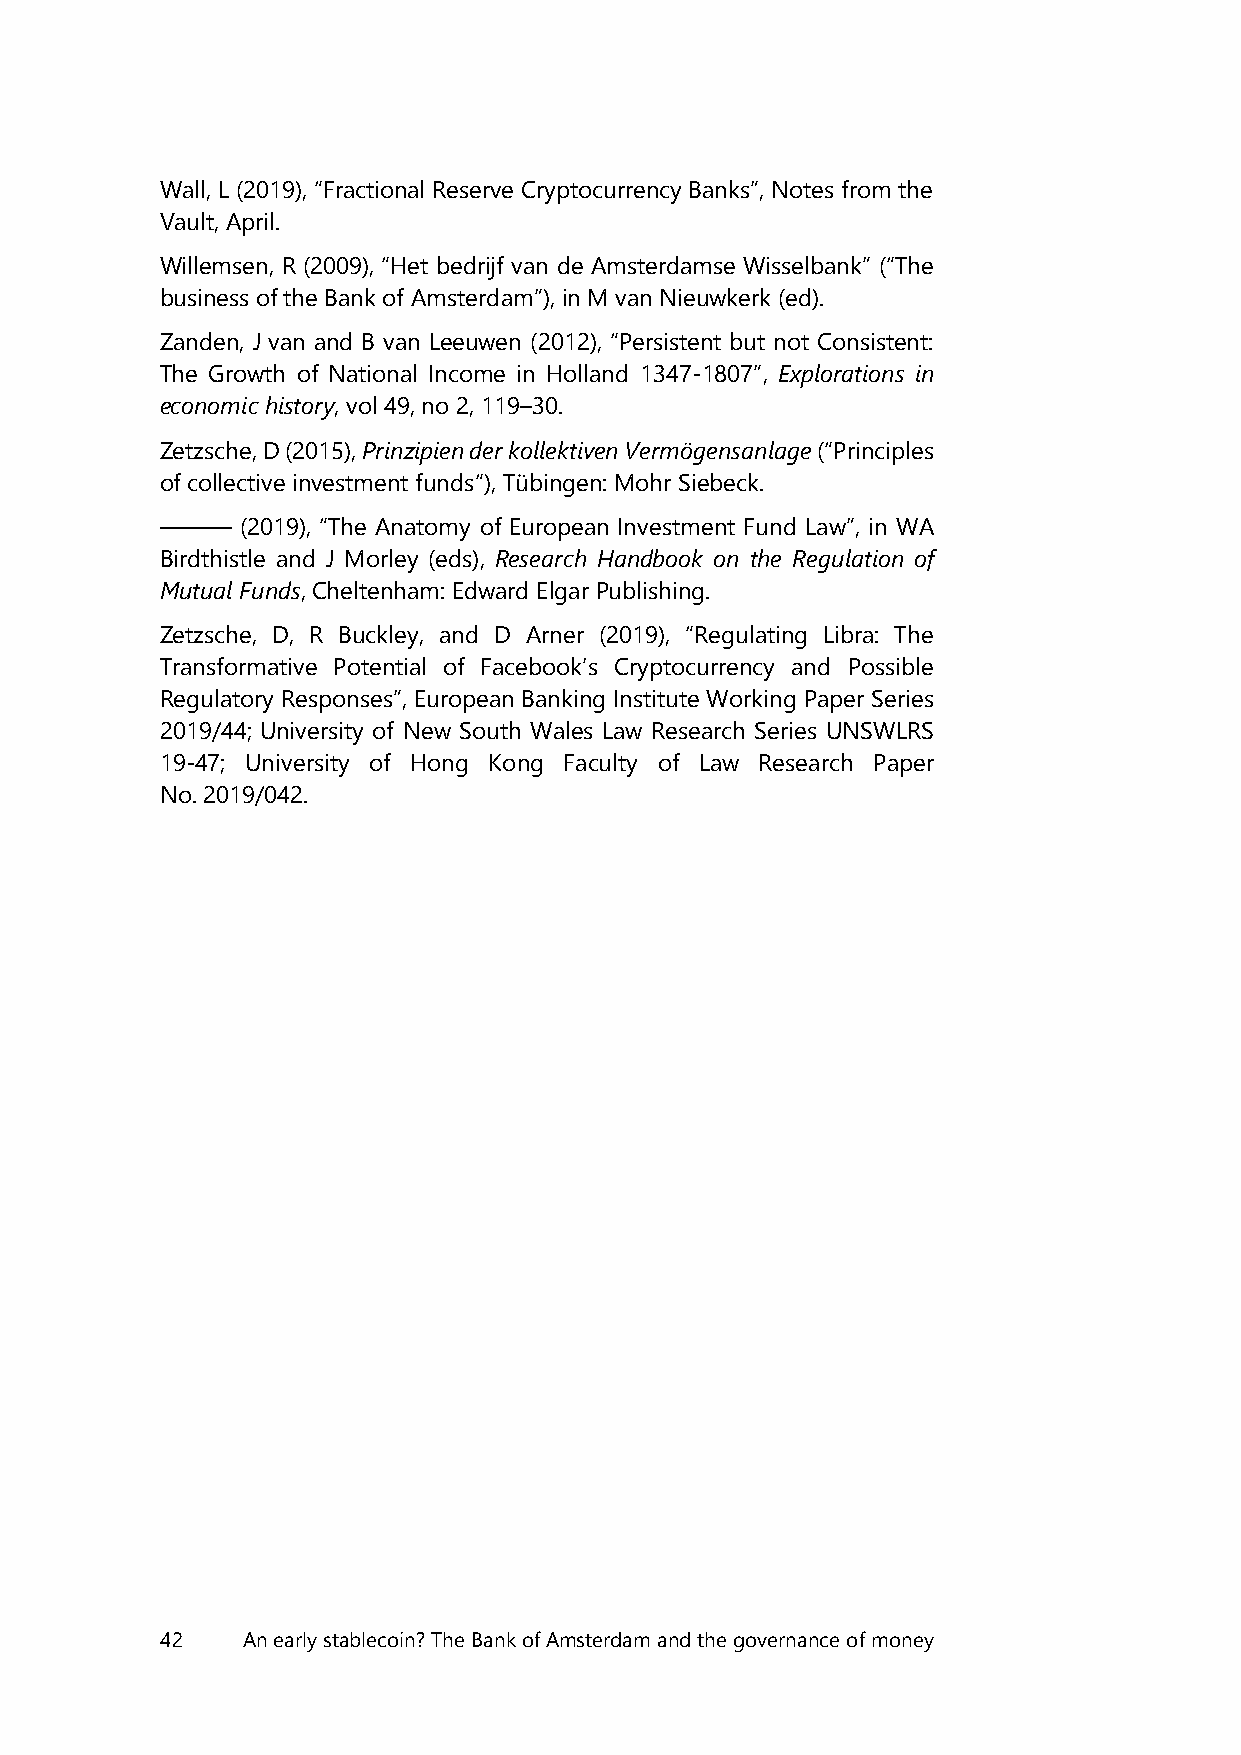
Wall, L (2019), “Fractional Reserve Cryptocurrency Banks”, Notes from the
 Vault, April.
 Willemsen, R (2009), “Het bedrijf van de Amsterdamse Wisselbank” (“The
 business of the Bank of Amsterdam”), in M van Nieuwkerk (ed).
 Zanden, J van and B van Leeuwen (2012), “Persistent but not Consistent:
 The Growth of National Income in Holland 1347-1807”, Explorations in
 economic history, vol 49, no 2, 119–30.
 Zetzsche, D (2015), Prinzipien der kollektiven Vermögensanlage (“Principles
 of collective investment funds“), Tübingen: Mohr Siebeck.
 ———  (2019), “The Anatomy of European Investment Fund Law”, in WA
 Birdthistle and J Morley (eds), Research Handbook on the Regulation of
 Mutual Funds, Cheltenham: Edward Elgar Publishing.
 Zetzsche, D, R Buckley, and D Arner (2019), “Regulating Libra: The
 Transformative Potential of Facebook’s Cryptocurrency and Possible
 Regulatory Responses”, European Banking Institute Working Paper Series
 2019/44; University of New South Wales Law Research Series UNSWLRS
 19-47; University of Hong Kong Faculty of Law Research Paper
 No. 2019/042.
 42   An early stablecoin? The Bank of Amsterdam and the governance of money